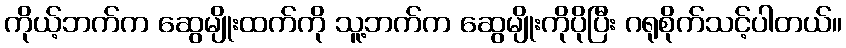
ကိုယ့်ဘက်က ဆွေမျိုးထက်ကို သူ့ဘက်က ဆွေမျိုးကိုပိုပြီး ဂရုစိုက်သင့်ပါတယ်။